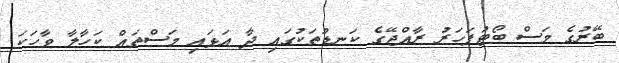
ބޭރުގެ މަސް ބޯޓުފަހަރު ރާއްޖޭގެ ކަނޑުތަކުގައި ދާ އަޅައި މަސްތައް ކަހާލާ ވާހަކަ